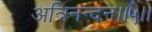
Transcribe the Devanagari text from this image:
अत्रिनन्‍दन।।५।।